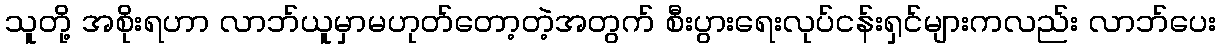
သူတို့ အစိုးရဟာ လာဘ်ယူမှာမဟုတ်တော့တဲ့အတွက် စီးပွားရေးလုပ်ငန်းရှင်များကလည်း လာဘ်ပေး